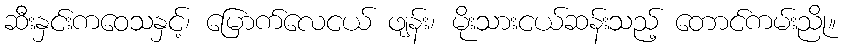
ဆီးနှင်းကဝေသနှင့်၊ မြောက်လေငယ် ဖျန်း၊ မိုးသားငယ်ဆန်းသည့် တောင်ကမ်းညို။